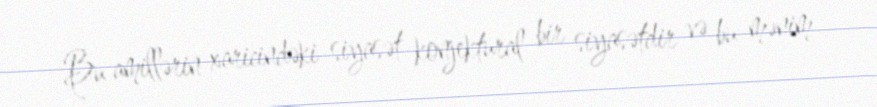
Bu amillərin xaricindəki siyasət konjektural bir siyasətdir və bu mənim